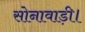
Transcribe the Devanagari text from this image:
सोनावाड़ी।